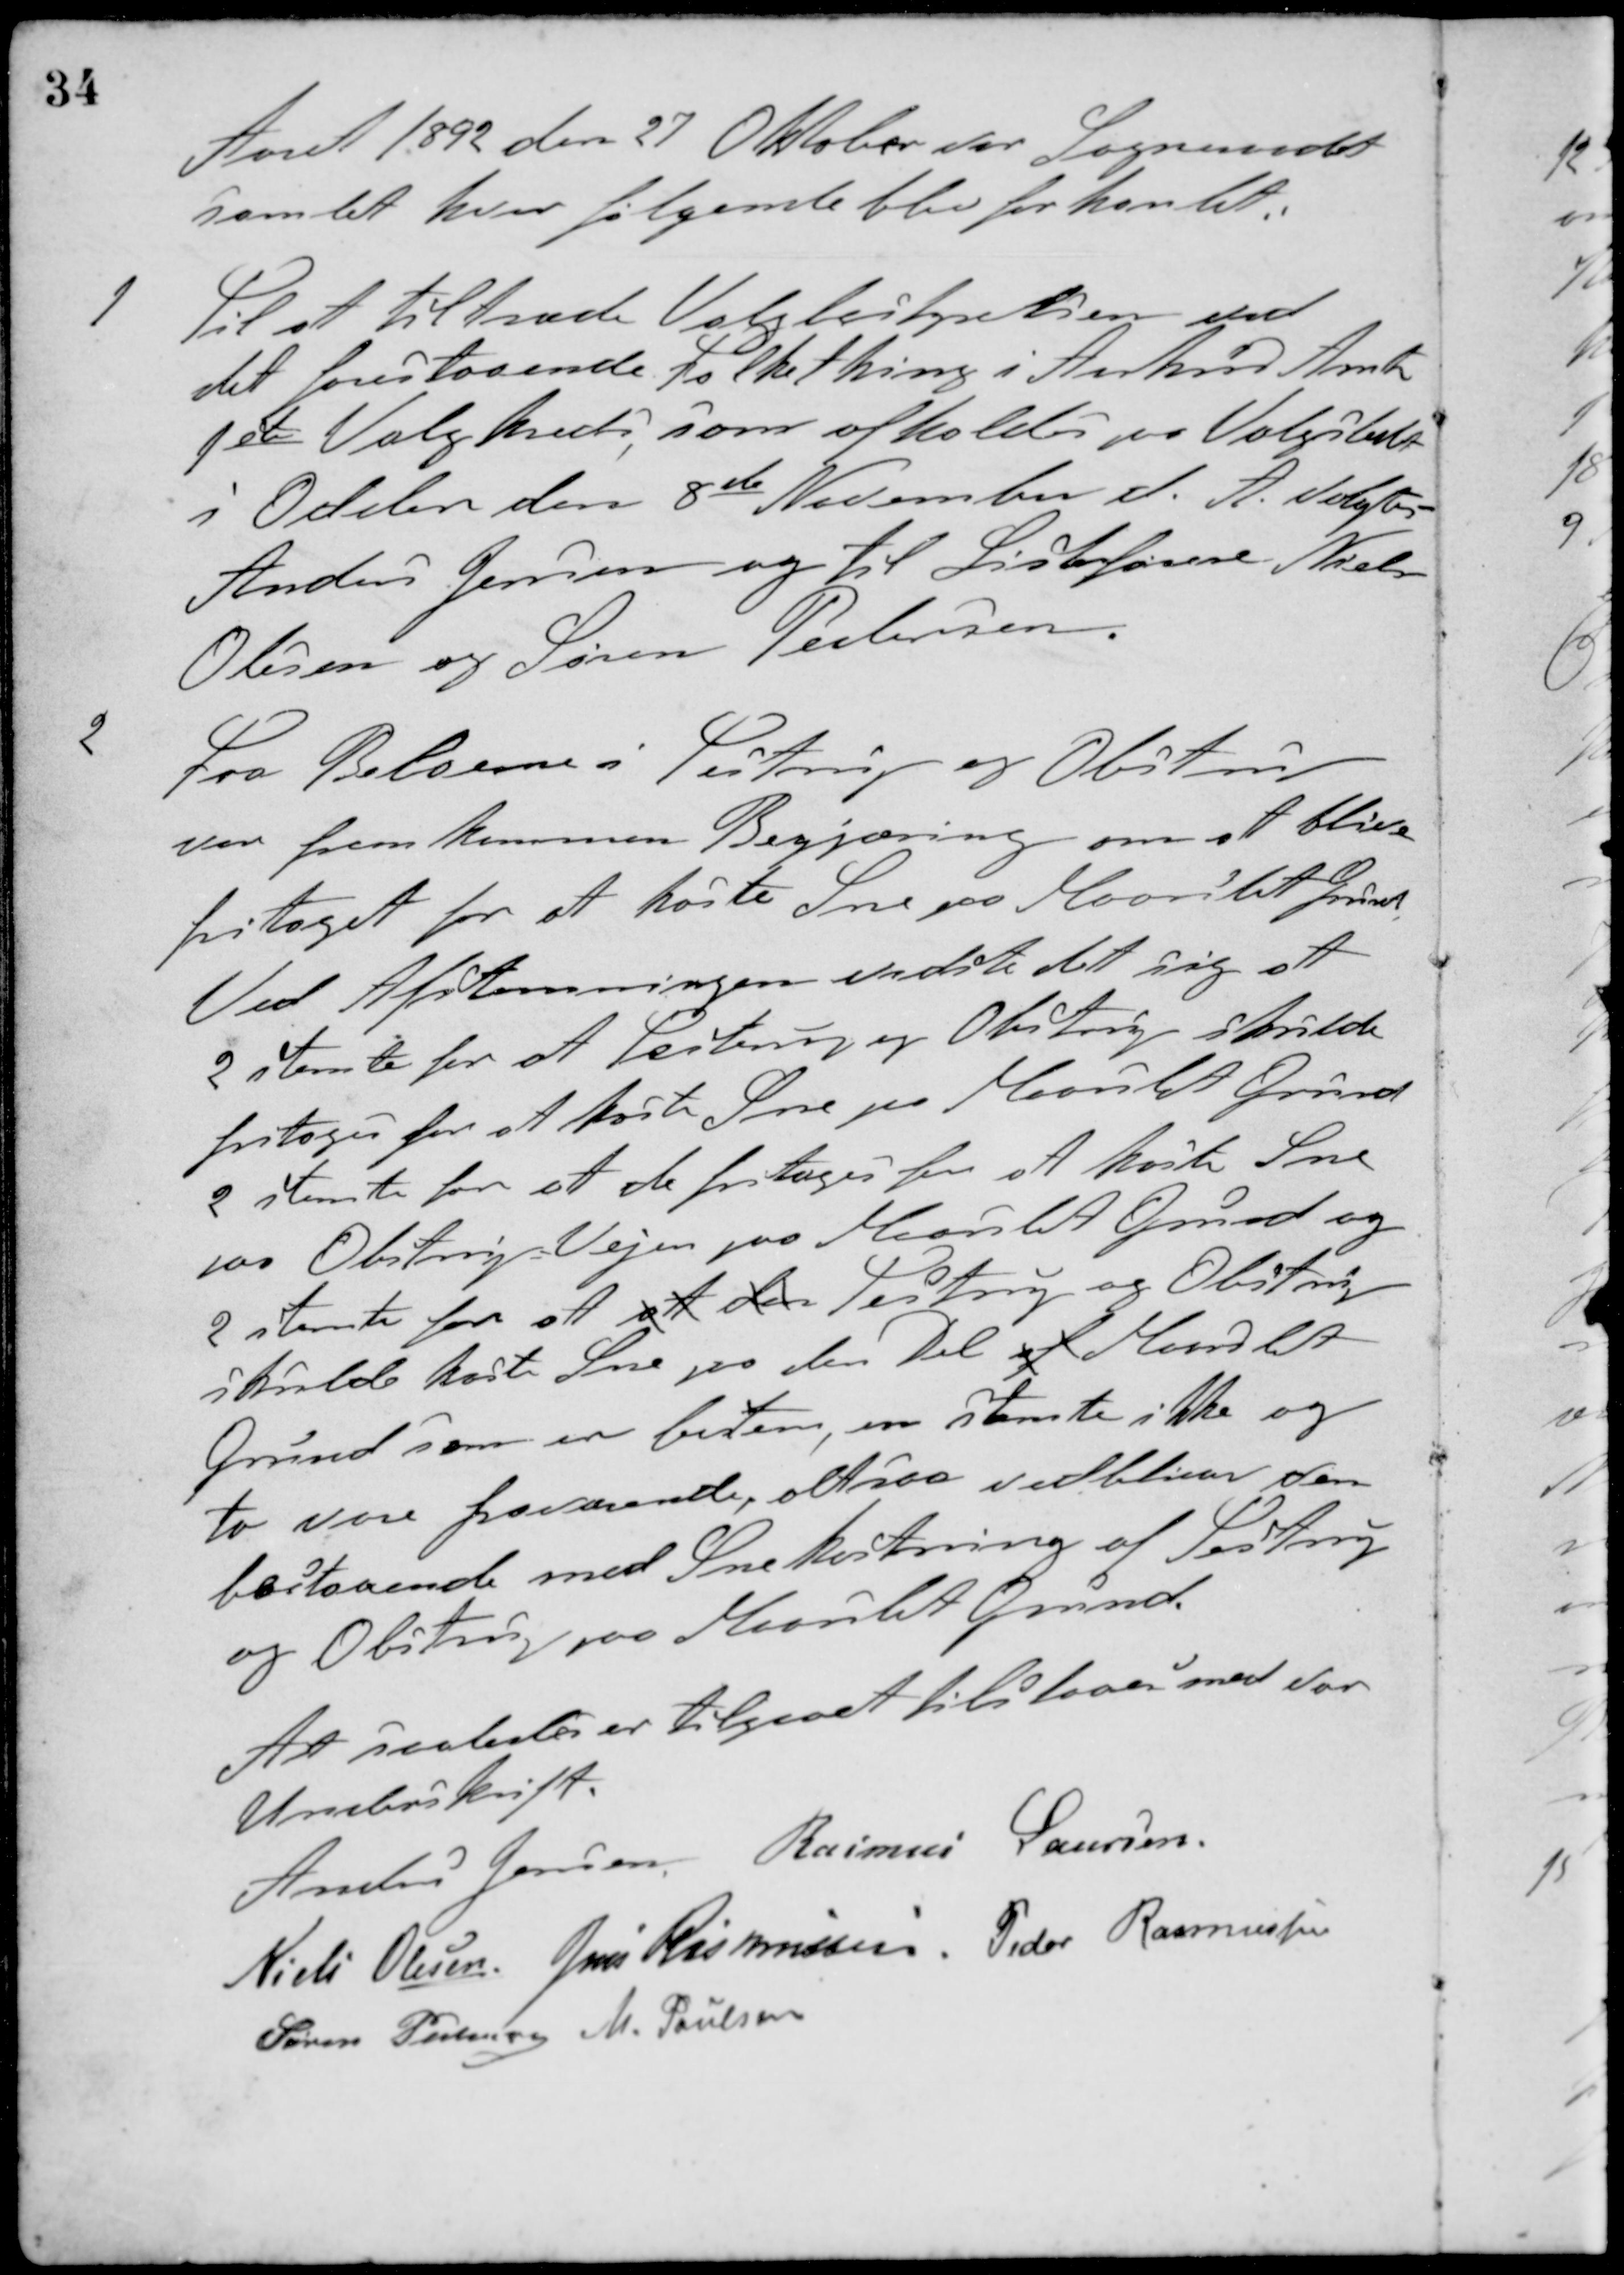
Transskription:
Aaret 1892 den 27 Oktober var Sogneraadet
samlet hvor følgende blev forhandlet.
1 Til at tiltræde Valgbestyrelsen ved
det forestaaende Folkething i Aarhus Amts
1ste Valgkreds, som afholdes paa Valgstedet
i Odden den 8de November d. A. valgtes
Anders Jensen og til Listeførene Niels
Olesen og Søren Pedersen
2 Fra Beboerne i Testrup og Obstrup
var fremkommen Begjæring om at blive
fritaget for at kaste Sne på Maarslet Grund
Ved Afstemningen vidste det sig at
2 stemte for at Testrup og Obtrup skulde
fritages for at kaste Sne på Maarslet Grund
2 stemte for at de fritages for at kaste Sne
paa Obstrup Vejen paa Maarslet Grund og
2 stemte for at at der Testrup og Obstrup
skulde kaste Sne paa den Del af Maarslet
Grund som er bestem, en stemte ikke og
to vare fraværende, altsaa vedbliver den
bestaaende med Snekastning af Testrup
og Obstrup paa Maarslet Grund
At saaledes er tilgaaet tilstaaes med vor
Underskrift
Anders Jensen Rasmus Laursen
Niels Olesen Jens Rasmussen Peder Rasmussen
Søren Pedersen M. Poulsen